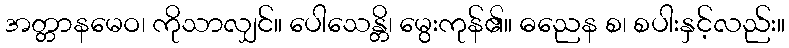
အတ္တာနမေဝ၊ ကိုသာလျှင်။ ပေါသေန္တိ၊ မွေးကုန်၏။ ဓညေန စ၊ စပါးနှင့်လည်း။